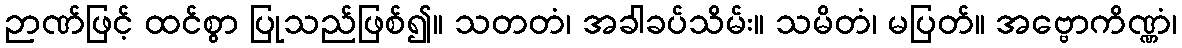
ဉာဏ်ဖြင့် ထင်စွာ ပြုသည်ဖြစ်၍။ သတတံ၊ အခါခပ်သိမ်း။ သမိတံ၊ မပြတ်။ အဗ္ဗောကိဏ္ဏံ၊